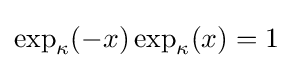
\exp _{\kappa }(-x)\exp _{\kappa }(x)=1